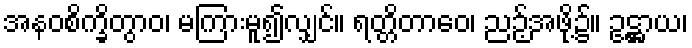
အနဝစိက္ခိတွာဝ၊ မကြားမူ၍လျှင်။ ရတ္တိတာဝေ၊ ညဉ့်အဖို့၌။ ဥဋ္ဌာယ၊